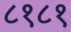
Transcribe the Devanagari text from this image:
८१८१